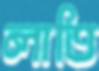
লাতি